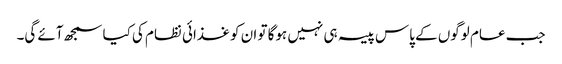
جب عام لوگوں کے پاس پیسہ ہی نہیں ہوگا تو ان کو غذائی نظام کی کیا سمجھ آئے گی۔